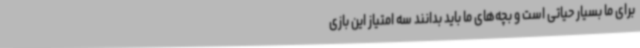
برای ما بسیار حیاتی است و بچه‌های ما باید بدانند سه امتیاز این بازی